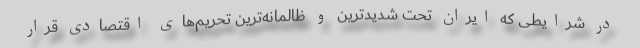
در شرایطی که ایران تحت شدیدترین و ظالمانه‌ترین تحریم‌های اقتصادی قرار